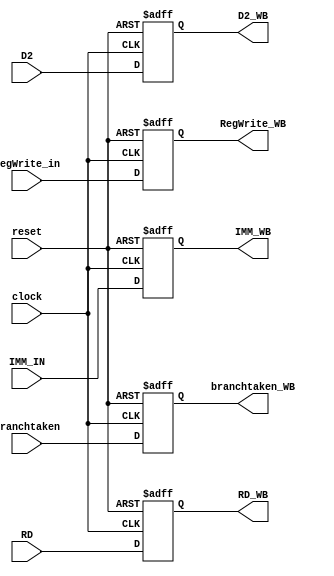
// Connor Noddin
// ECE 473
// MEM_WB block
// 10/07/2023

module MEM_WB(
	input wire clock,
	input wire reset,
	input wire [31:0] D2,
	input wire [4:0] RD,
	input wire RegWrite_in,
	input wire [31:0] IMM_IN,
	input wire branchtaken,
	output reg [31:0] D2_WB,
	output reg [4:0] RD_WB,
	output reg RegWrite_WB,
	output reg [31:0] IMM_WB,
	output reg branchtaken_WB);
	
	// Write data on positive edge or reset
	always @(posedge clock or posedge reset) begin
		if(reset == 1'b1) begin
			D2_WB <= 32'd0;
			RD_WB <= 5'd0;
			RegWrite_WB <= 1'd0;
				branchtaken_WB <= 1'd0;
			IMM_WB <= 32'd0;
		end else begin
			D2_WB <= D2;
			RD_WB <= RD;
			RegWrite_WB <= RegWrite_in;
			branchtaken_WB <= branchtaken;
			IMM_WB <= IMM_IN;
		end
	end
	
endmodule